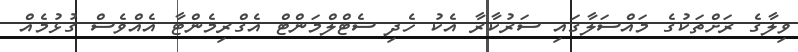
ވިލާގެ ރަށްތަކުގެ މައްސަލާގައި ސަރުކާރާ އެކު ހެދި ސެޓްލްމަންޓް އެގްރިމެންޓާ އެއްވެސް ގުޅުމެއް